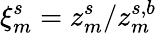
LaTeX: \xi_{m}^{s}=z_{m}^{s}/z_{m}^{s,b}